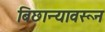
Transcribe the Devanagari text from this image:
बिछान्यावरून